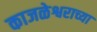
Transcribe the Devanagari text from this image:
काजळेश्वराच्या